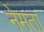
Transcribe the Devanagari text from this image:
नेमता